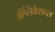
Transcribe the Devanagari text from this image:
अँप्लिकेशन्स